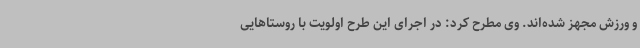
و ورزش مجهز شده‌اند. وی مطرح کرد: در اجرای این طرح اولویت با روستاهایی